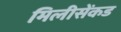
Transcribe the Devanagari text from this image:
मिलीसेंकड